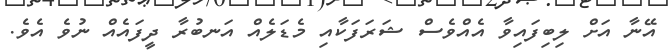
އޭނާ އަށް ލިބިފައިވާ އެއްވެސް ޝަރަފަކާއި މެޑަލެއް އަނބުރާ ދީފައެއް ނުވެ އެވެ.